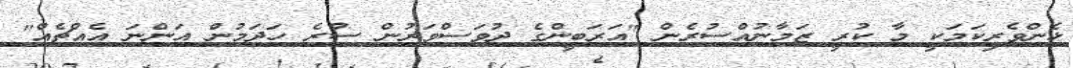
ޅެންވެރިކަމަކީ މާ ކުރީ ޒަމާނުއްސުރެން "އަރަބީންގެ ދުވަސްވަރުން ސުރެ ހަދަމުން އަންނަ އެއްޗެއް"